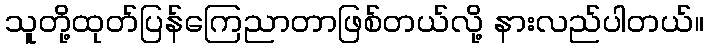
သူတို့ထုတ်ပြန်ကြေညာတာဖြစ်တယ်လို့ နားလည်ပါတယ်။